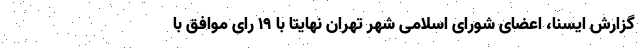
گزارش ایسنا، اعضای شورای اسلامی شهر تهران نهایتا با ۱۹ رای موافق با